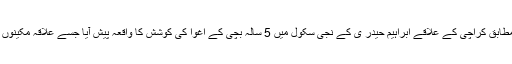
تفصیلات کے مطابق کراچی کے علاقے ابراہیم حیدر ی کے نجی سکول میں 5 سالہ بچی کے اغوا کی کوشش کا واقعہ پیش آیا جسے علاقہ مکینوں نے ناکام بنادیا۔